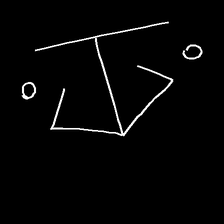
Glyph: earth